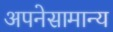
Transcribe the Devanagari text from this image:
अपनेसामान्य